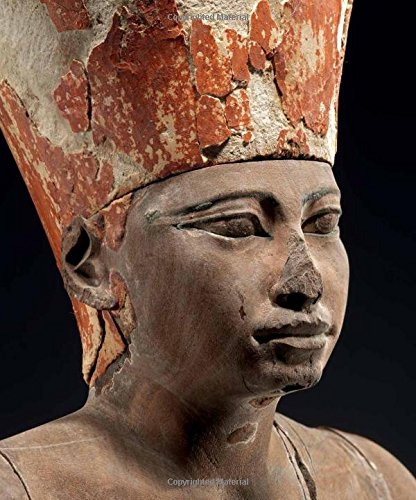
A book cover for Ancient Egypt Transformed: The Middle Kingdom; Arts & Photography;